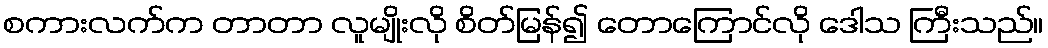
စကားလက်က တာတာ လူမျိုးလို စိတ်မြန်၍ တောကြောင်လို ဒေါသ ကြီးသည်။